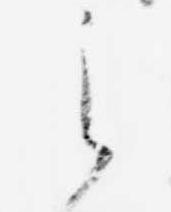
之